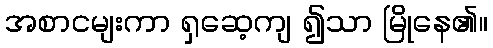
အစာငမျးကာ ရှဆေ့ကျ ၍သာ မြိုနေ၏။